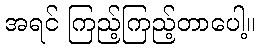
အရင် ကြည့်ကြည့်တာပေါ့။